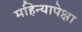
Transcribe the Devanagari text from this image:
महिन्यापेक्षा